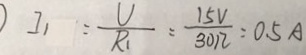
I _ { 1 } = \frac { U } { R _ { 1 } } = \frac { 1 5 V } { 3 0 \Omega } = 0 . 5 A